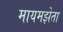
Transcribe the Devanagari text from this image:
मायमझेता